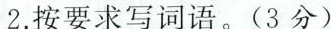
2.按要求写词语。（3分）